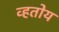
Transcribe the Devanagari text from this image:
व्हतोय